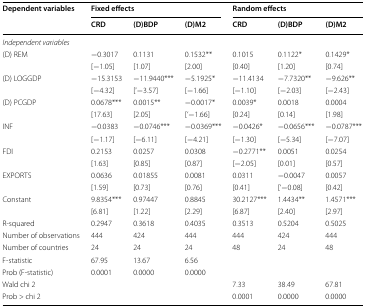
<table><thead><tr><td rowspan="2"><b>Dependent variables</b></td><td colspan="3"><b>Fixed effects</b></td><td colspan="3"><b>Random effects</b></td></tr><tr><td><b>CRD</b></td><td><b>(D)BDP</b></td><td><b>(D)M2</b></td><td><b>CRD</b></td><td><b>(D)BDP</b></td><td><b>(D)M2</b></td></tr></thead><tbody><tr><td colspan="7"><i>Independent variables</i></td></tr><tr><td>(D) REM</td><td>−0.3017</td><td>0.1131</td><td>0.1532**</td><td>0.1015</td><td>0.1122*</td><td>0.1429*</td></tr><tr><td></td><td>[−1.05]</td><td>[1.07]</td><td>[2.00]</td><td>[0.40]</td><td>[1.20]</td><td>[0.74]</td></tr><tr><td>(D) LOGGDP</td><td>−15.3153</td><td>−11.9440***</td><td>−5.1925*</td><td>−11.4134</td><td>−7.7320**</td><td>−9.626**</td></tr><tr><td></td><td>[−4.32]</td><td>[‘−3.57]</td><td>[−1.66]</td><td>[−1.10]</td><td>[−2.03]</td><td>[−2.43]</td></tr><tr><td>(D) PCGDP</td><td>0.0678***</td><td>0.0015**</td><td>−0.0017*</td><td>0.0039*</td><td>0.0018</td><td>0.0004</td></tr><tr><td></td><td>[17.63]</td><td>[2.05]</td><td>[‘−1.66]</td><td>[0.24]</td><td>[0.14]</td><td>[1.98]</td></tr><tr><td>INF</td><td>−0.0383</td><td>−0.0746***</td><td>−0.0369***</td><td>−0.0426*</td><td>−0.0656***</td><td>−0.0787***</td></tr><tr><td></td><td>[−1.17]</td><td>[−6.11]</td><td>[−4.21]</td><td>[−1.30]</td><td>[−5.34]</td><td>[−7.07]</td></tr><tr><td>FDI</td><td>0.2153</td><td>0.0257</td><td>0.0308</td><td>−0.2771**</td><td>0.0051</td><td>0.0254</td></tr><tr><td></td><td>[1.63]</td><td>[0.85]</td><td>[0.87]</td><td>[−2.05]</td><td>[0.01]</td><td>[0.57]</td></tr><tr><td>EXPORTS</td><td>0.0636</td><td>0.01855</td><td>0.0081</td><td>0.0311</td><td>−0.0047</td><td>0.0057</td></tr><tr><td></td><td>[1.59]</td><td>[0.73]</td><td>[0.76]</td><td>[0.41]</td><td>[‘−0.08]</td><td>[0.42]</td></tr><tr><td>Constant</td><td>9.8354***</td><td>0.97447</td><td>0.8845</td><td>30.2127***</td><td>1.4434**</td><td>1.4571***</td></tr><tr><td></td><td>[6.81]</td><td>[1.22]</td><td>[2.29]</td><td>[6.87]</td><td>[2.40]</td><td>[2.97]</td></tr><tr><td>R-squared</td><td>0.2947</td><td>0.3618</td><td>0.4035</td><td>0.3513</td><td>0.5204</td><td>0.5025</td></tr><tr><td>Number of observations</td><td>444</td><td>424</td><td>444</td><td>444</td><td>424</td><td>444</td></tr><tr><td>Number of countries</td><td>24</td><td>24</td><td>24</td><td>48</td><td>24</td><td>48</td></tr><tr><td>F-statistic</td><td>67.95</td><td>13.67</td><td>6.56</td><td></td><td></td><td></td></tr><tr><td>Prob (F-statistic)</td><td>0.0001</td><td>0.0000</td><td>0.0000</td><td></td><td></td><td></td></tr><tr><td>Wald chi 2</td><td></td><td></td><td></td><td>7.33</td><td>38.49</td><td>67.81</td></tr><tr><td>Prob &gt; chi 2</td><td></td><td></td><td></td><td>0.0001</td><td>0.0000</td><td>0.0000</td></tr></tbody></table>